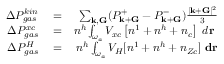
\begin{array} { r l r } { \Delta P _ { g a s } ^ { k i n } } & { { } = } & { \sum _ { { \bf k } , { \bf G } } ( P _ { { \bf k } + { \bf G } } ^ { + } - P _ { { \bf k } + { \bf G } } ^ { - } ) \frac { | { \bf k } + { \bf G } | ^ { 2 } } { 3 } } \\ { \Delta P _ { g a s } ^ { x c } } & { { } = } & { n ^ { h } \int _ { \omega _ { a } } V _ { x c } \left[ n ^ { 1 } + n ^ { h } + n _ { c } \right] ~ d { \bf r } ~ } \\ { \Delta P _ { g a s } ^ { H } } & { { } = } & { n ^ { h } \int _ { \omega _ { a } } V _ { H } [ n ^ { 1 } + n ^ { h } + n _ { Z c } ] ~ { \bf d r } } \end{array}